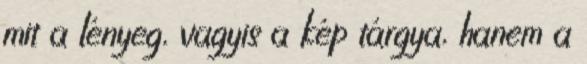
mit a lényeg, vagyis a kép tárgya, hanem a